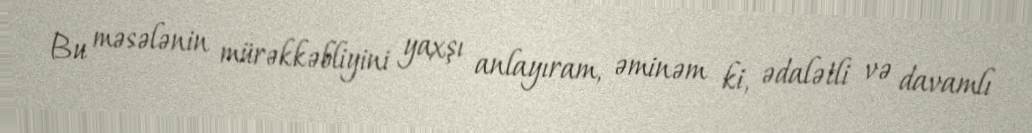
Bu məsələnin mürəkkəbliyini yaxşı anlayıram, əminəm ki, ədalətli və davamlı